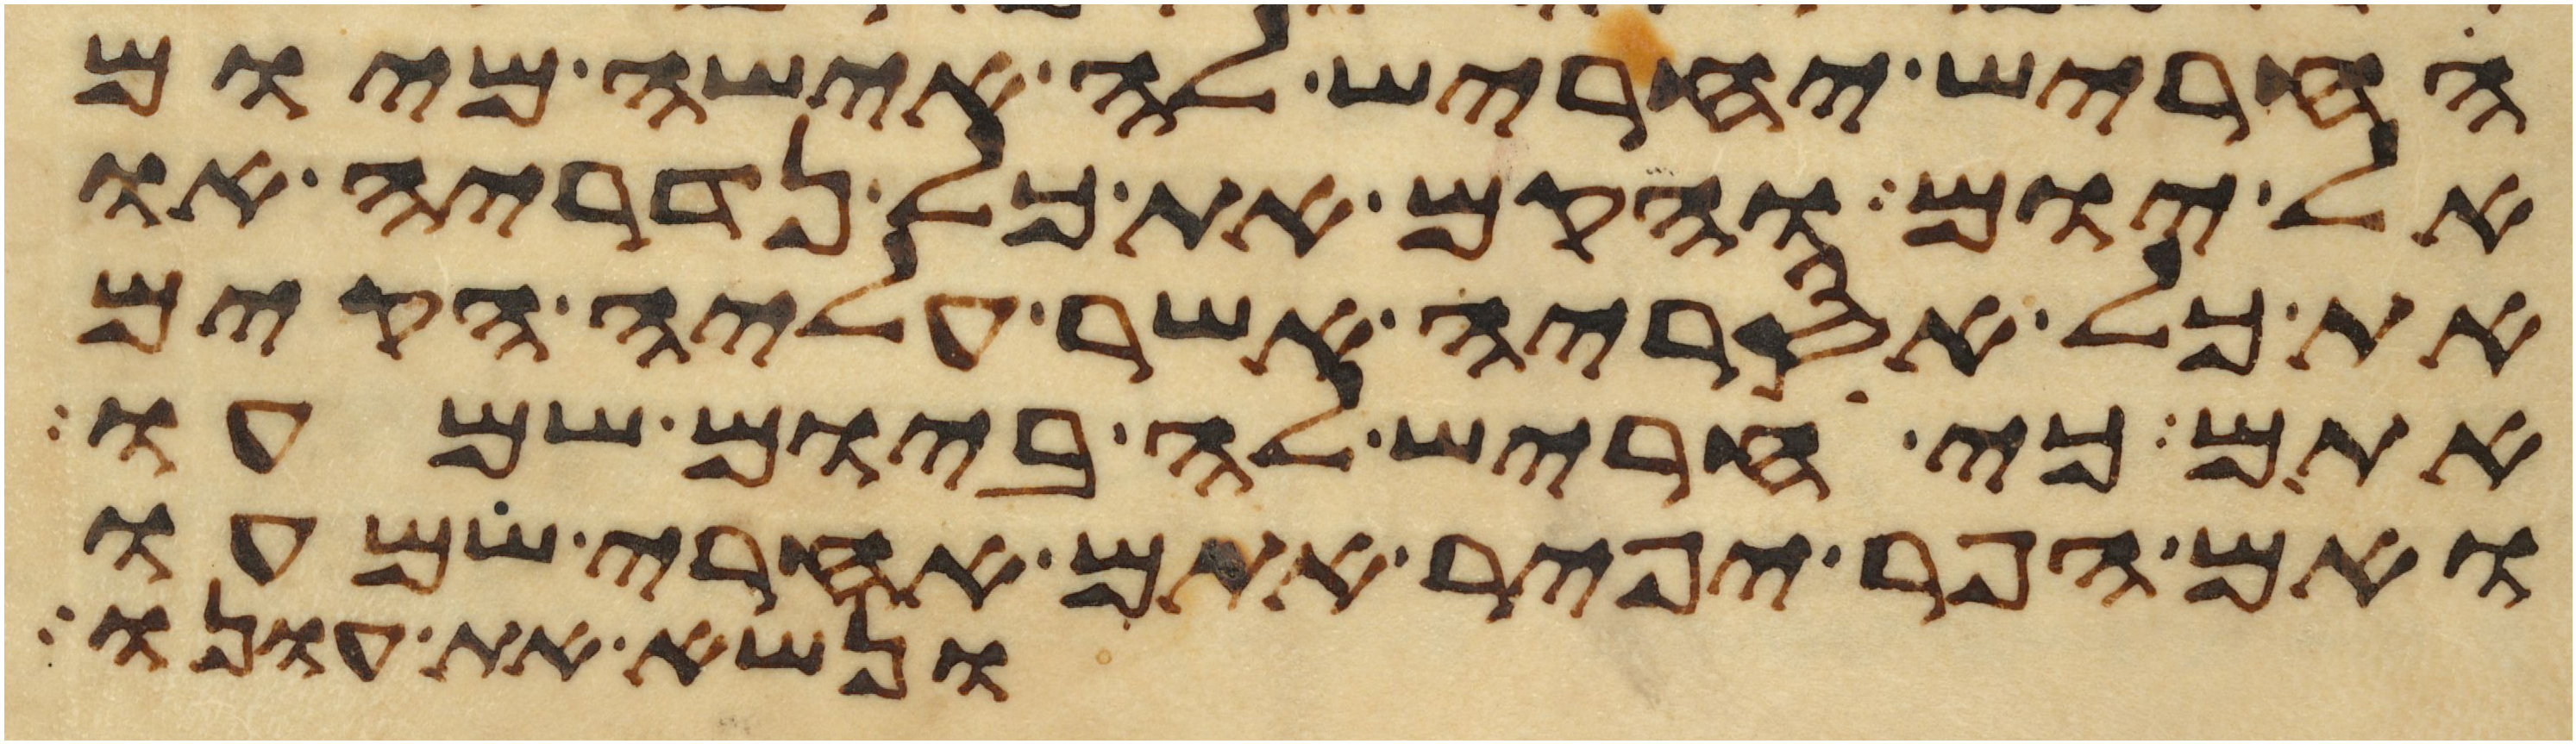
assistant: החריש יחריש לה אישה מיום
אל יום והקם את כל נדריה או
את כל אסריה אשר עליה הקים
אתם כי חריש לה ביום שמעו
ואם הפר יפיר אתם אחרי שמעו
ונשא את עונו